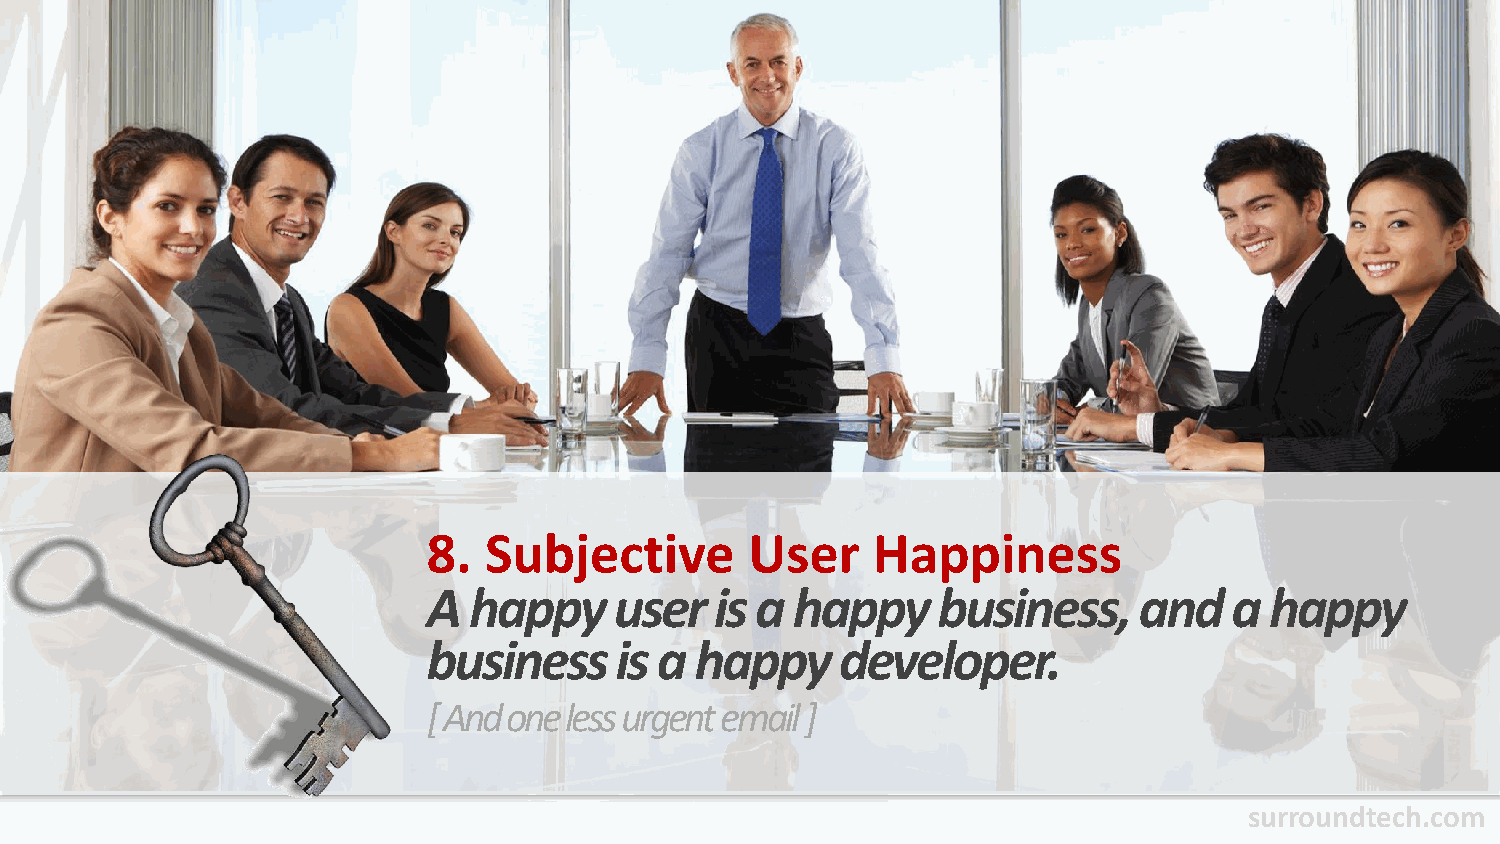
8.  Subjective        User    Happiness
 A  happy     user  is a happy     business,    and    a happy
 business     is a happy     developer.
 [ And one less urgent email ]
 surroundtech.com